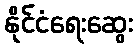
နိုင်ငံရေးဆွေး